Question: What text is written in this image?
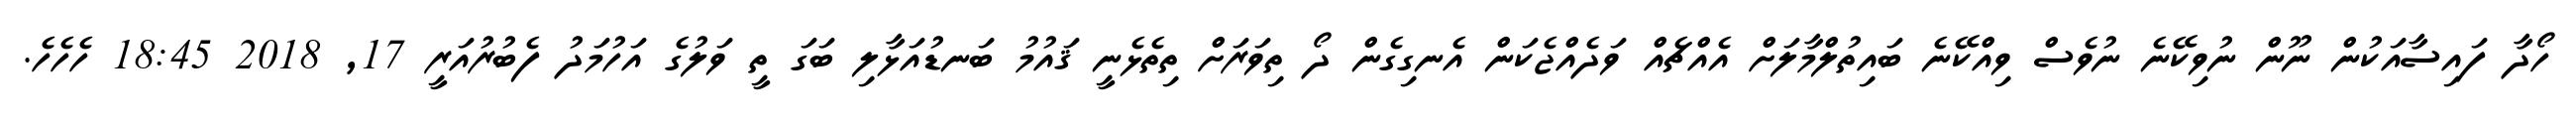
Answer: ހޯދާ ފައިސާއަކުން ނޫން ނުވިކޭނެ ނުވެސް ވިއްކޭނެ ބައިތުލްމާލަށް އެއްޗެއް ވަދެއްޖެކަން އެނގިގެން ދޯ ތިވަރަށް ތިތެޅެނީ ޤައުމު ބަނޑުއަޅާލި ބަގަ ތީ ވަލުގެ އަހުމަދު ފެބުރުއަރީ 17, 2018 18:45 ހެހެހެ.